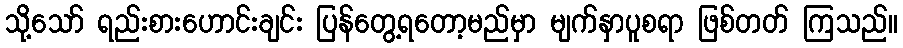
သို့သော် ရည်းစားဟောင်းချင်း ပြန်တွေ့ရတော့မည်မှာ မျက်နှာပူစရာ ဖြစ်တတ် ကြသည်။